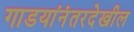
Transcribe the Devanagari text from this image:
गाडयांनंतरदेखील